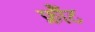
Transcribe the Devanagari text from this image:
फ्रौंट